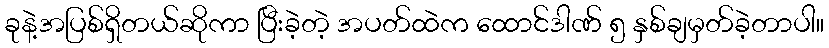
ခုနဲ့အပြစ်ရှိတယ်ဆိုကာ ပြီးခဲ့တဲ့ အပတ်ထဲက ထောင်ဒါဏ် ၅ နှစ်ချမှတ်ခဲ့တာပါ။